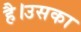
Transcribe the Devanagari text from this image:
है।उसका